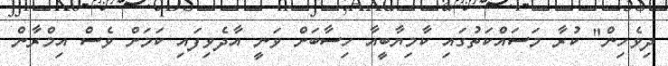
ދިވެހިން" ކުރާ މަސައްކަތުގައި ކާމިޔާބީއާ ހިސާބަށް ވަނީ އާދެވިފައި ކަމަށް ވެސް އިމްރާން